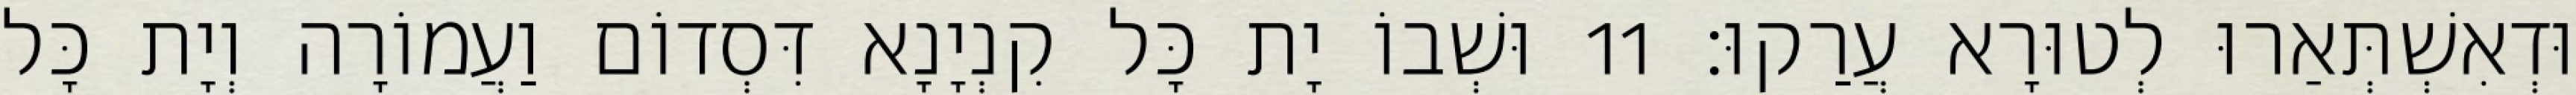
וּדְאִשְׁתְּאַרוּ לְטוּרָא עֲרַקוּ׃ 11 וּשְׁבוֹ יָת כָּל קִנְיָנָא דִּסְדוֹם וַעֲמוֹרָה וְיָת כָּל